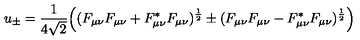
u _ { \pm } = \frac { 1 } { 4 \sqrt { 2 } } \Big ( ( F _ { \mu \nu } F _ { \mu \nu } + F _ { \mu \nu } ^ { * } F _ { \mu \nu } ) ^ { \frac { 1 } { 2 } } \pm ( F _ { \mu \nu } F _ { \mu \nu } - F _ { \mu \nu } ^ { * } F _ { \mu \nu } ) ^ { \frac { 1 } { 2 } } \Big )